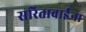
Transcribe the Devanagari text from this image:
सरिताबाईंना